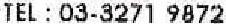
TEL : 03-3271 9872